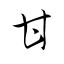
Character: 甘